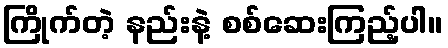
ကြိုက်တဲ့ နည်းနဲ့ စစ်ဆေးကြည့်ပါ။